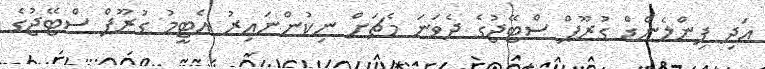
އަދި ފިންލެންޑް ގުރޫޕް ސްޓޭޖުގެ ދެވަނަ މެޗަށް ނިިކުންނައިރު އެޓީމު ގުރޫޕް ސްޓޭޖުގެ